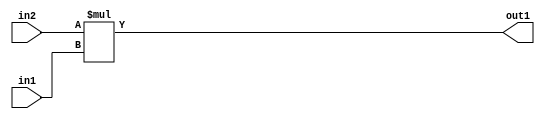
`timescale 1ps / 1ps
/*****************************************************************************
    Verilog RTL Description
    
    
    Created by: Stratus DpOpt 21.05.01 
*******************************************************************************/

module SobelFilter_Mul_32Ux10U_34U_4 (
	in2,
	in1,
	out1
	); /* architecture "behavioural" */ 
input [31:0] in2;
input [9:0] in1;
output [33:0] out1;
wire [33:0] asc001;

assign asc001 = 
	+(in2 * in1);

assign out1 = asc001;
endmodule

/* CADENCE  urnzTws= : u9/ySxbfrwZIxEzHVQQV8Q== ** DO NOT EDIT THIS LINE ******/